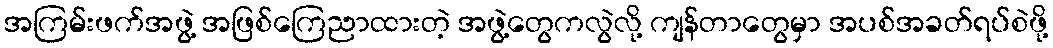
အကြမ်းဖက်အဖွဲ့ အဖြစ်ကြေညာထားတဲ့ အဖွဲ့တွေကလွဲလို့ ကျန်တာတွေမှာ အပစ်အခတ်ရပ်စဲဖို့